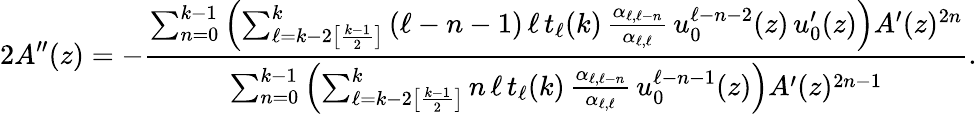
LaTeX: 2A^{\prime\prime}(z)=-\frac{\sum_{n=0}^{k-1}\left(\sum_{\ell=k-2\left[\frac{k-1}{2}\right]}^{k}\left(\ell-n-1\right)\, \ell\, t_{\ell}(k)\, \frac{\alpha_{\ell,\ell-n}}{\alpha_{\ell,\ell}}\, u_{0}^{\ell-n-2}(z)\, u_{0}^{\prime}(z)\right)A^{\prime}(z)^{2n}}{\sum_{n=0}^{k-1}\left(\sum_{\ell=k-2\left[\frac{k-1}{2}\right]}^{k}n\, \ell\, t_{\ell}(k)\, \frac{\alpha_{\ell,\ell-n}}{\alpha_{\ell,\ell}}\, u_{0}^{\ell-n-1}(z)\right)A^{\prime}(z)^{2n-1}}.